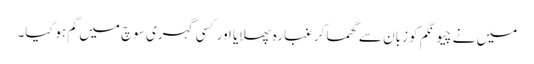
میں نے چیونگم کو زبان سے گھما کر غبارہ پھلایا اور کسی گہری سوچ میں گم ہو گیا۔